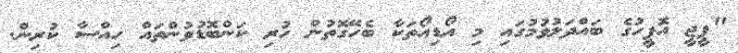
"ޕީޖީ އޮފީހުގެ ބައްދަލުވުމުގައި މި އޯޑިއޯތަކާ ބެހޭގޮތުން ހުރި ކަންބޮޑުވުންތައް ހިއްސާ ކުރިން.